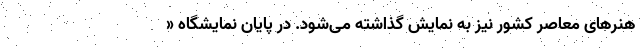
هنرهای معاصر کشور نیز به نمایش گذاشته می‌شود. در پایان نمایشگاه «